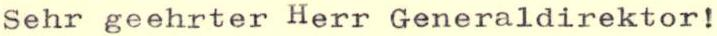
Sehr geehrter Herr Generaldirektor!